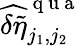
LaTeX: \widehat{\delta\tilde{\eta}}_{j_{1},j_{2}}^{\mathrm{~q~u~a~}}